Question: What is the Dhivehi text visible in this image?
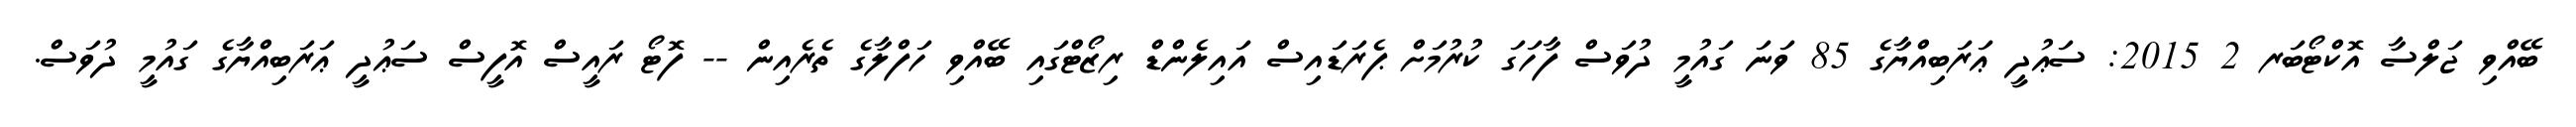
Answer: ބޭއްވި ޖަލްސާ އޮކްޓޯބަރ 2 2015: ސަޢުދީ ޢަރަބިއްޔާގެ 85 ވަނަ ގައުމީ ދުވަސް ފާހަގަ ކުރުމަށް ޕެރަޑައިސް އައިލެންޑް ރިޒޯޓްގައި ބޭއްވި ހަފްލާގެ ތެރެއިން -- ފޮޓޯ ރައީސް އޮފީސް ސަޢުދީ ޢަރަބިއްޔާގެ ގައުމީ ދުވަސް.